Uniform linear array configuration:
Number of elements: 16
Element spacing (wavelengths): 1
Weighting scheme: hann
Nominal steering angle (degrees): -60
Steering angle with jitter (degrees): -61.431
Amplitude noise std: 0.05
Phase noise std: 0.05

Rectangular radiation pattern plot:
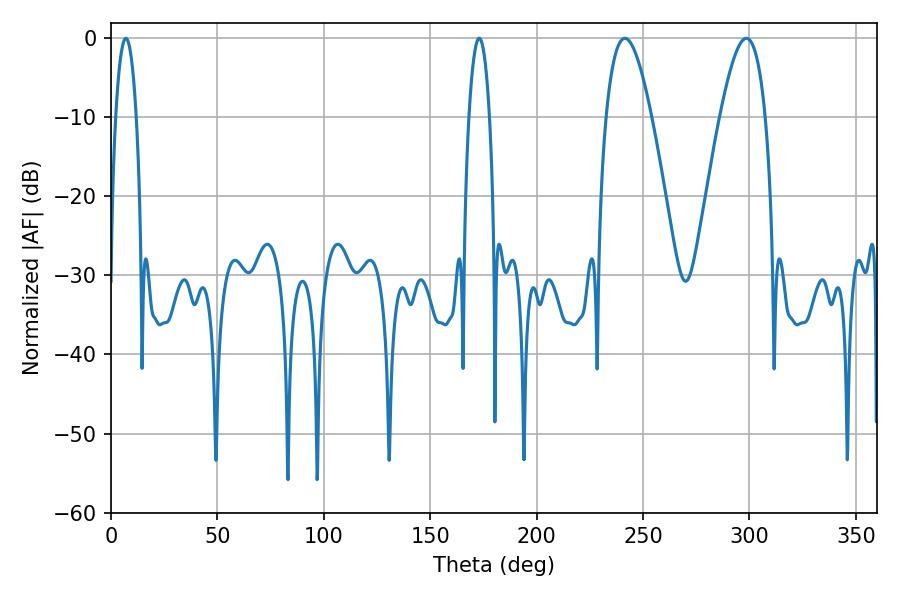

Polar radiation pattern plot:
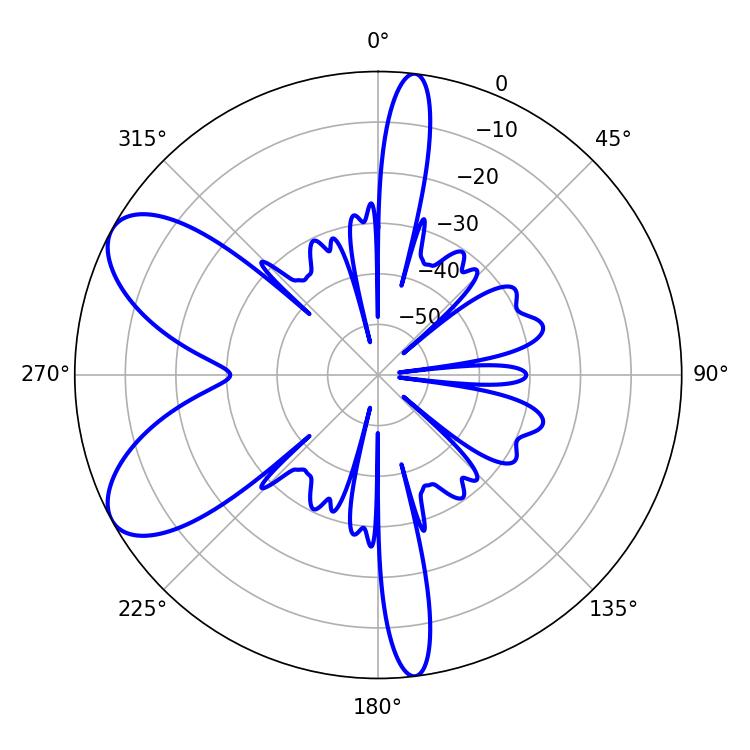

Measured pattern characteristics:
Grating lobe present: TRUE
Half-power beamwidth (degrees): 11.7
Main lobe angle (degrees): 241.38